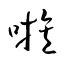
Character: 嗾